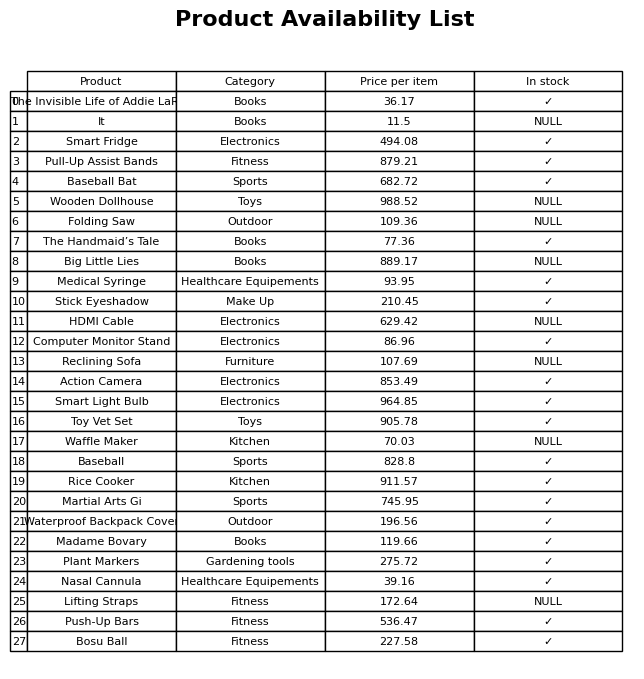
question: What is the price for Action Camera?
answer: The price of Action Camera is 853.49.